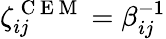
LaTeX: \zeta_{ij}^{\mathrm{~C~E~M~}}=\beta_{ij}^{-1}